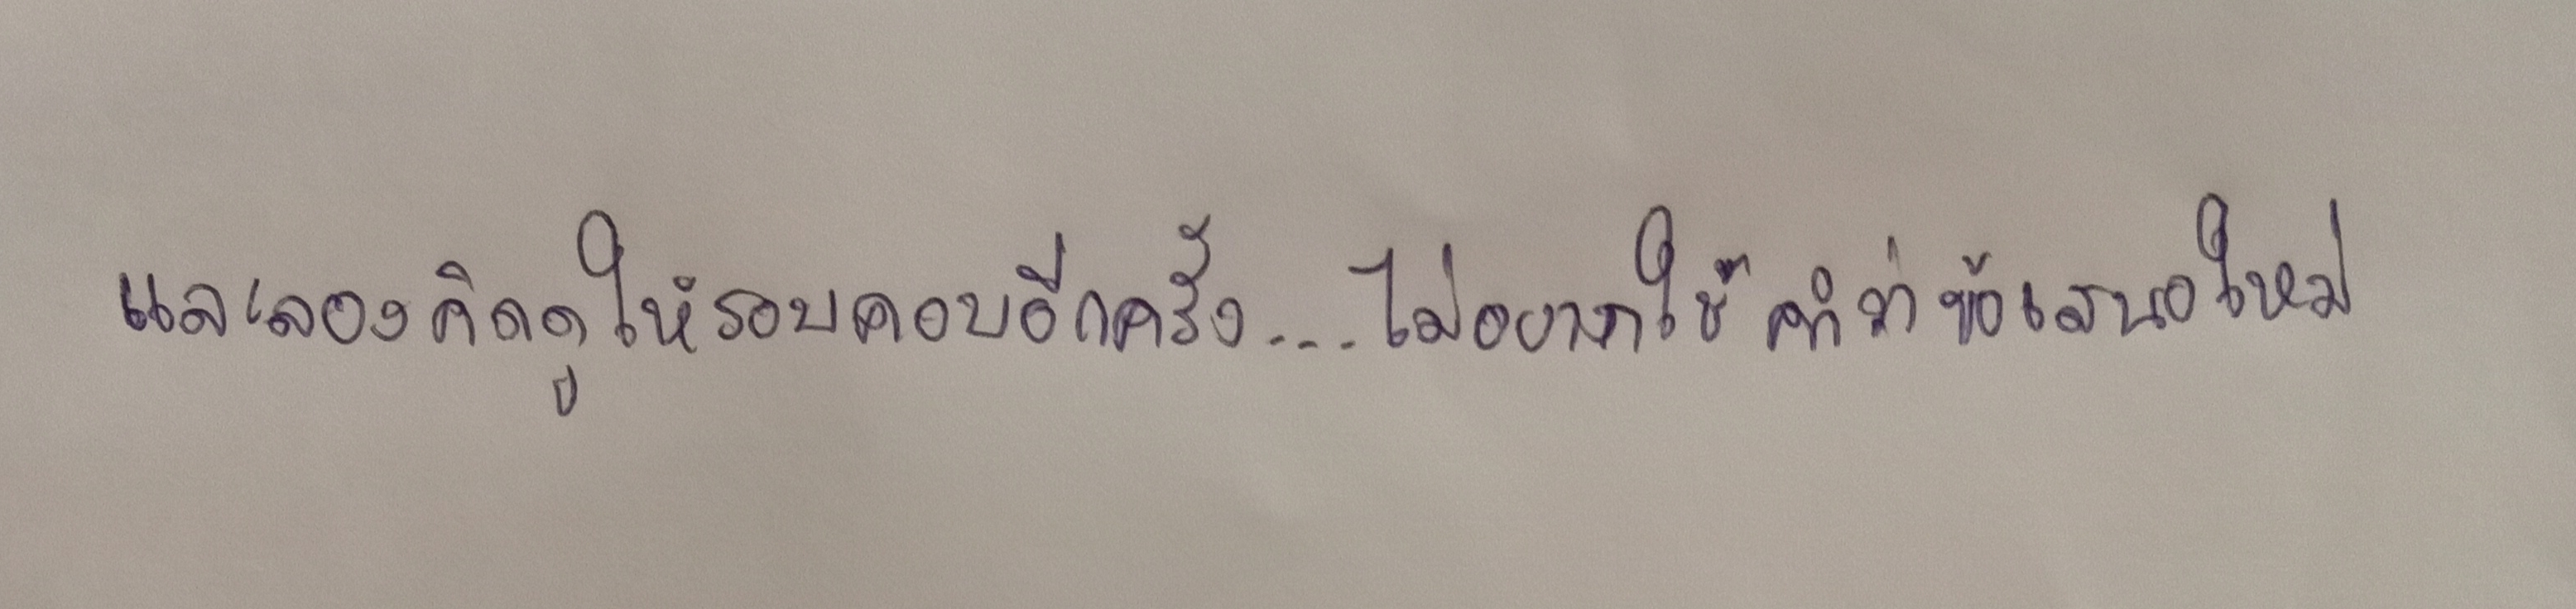
และลองคิดดูให้รอบคอบอีกครั้ง...ไม่อยากใช้คำว่าข้อเสนอใหม่